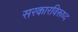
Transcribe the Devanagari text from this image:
सरकारविरूध्द